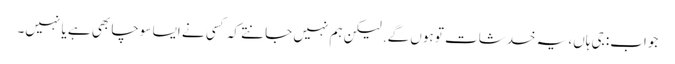
جواب: جی ہاں، یہ خدشات تو ہوں گے. لیکن ہم نہیں جانتے کہ کسی نے ایسا سوچا بھی ہے یا نہیں۔